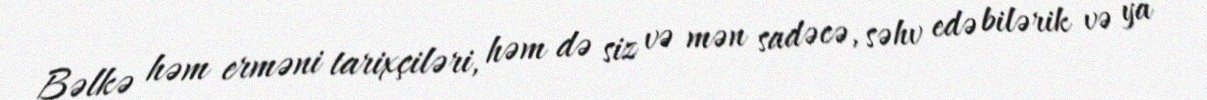
Bəlkə həm erməni tarixçiləri, həm də siz və mən sadəcə, səhv edə bilərik və ya